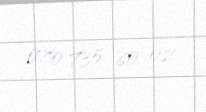
070 735 60 02